Applicability to medico-legal practice in India of the biochemical tests for the origin of blood-stains - Number 39
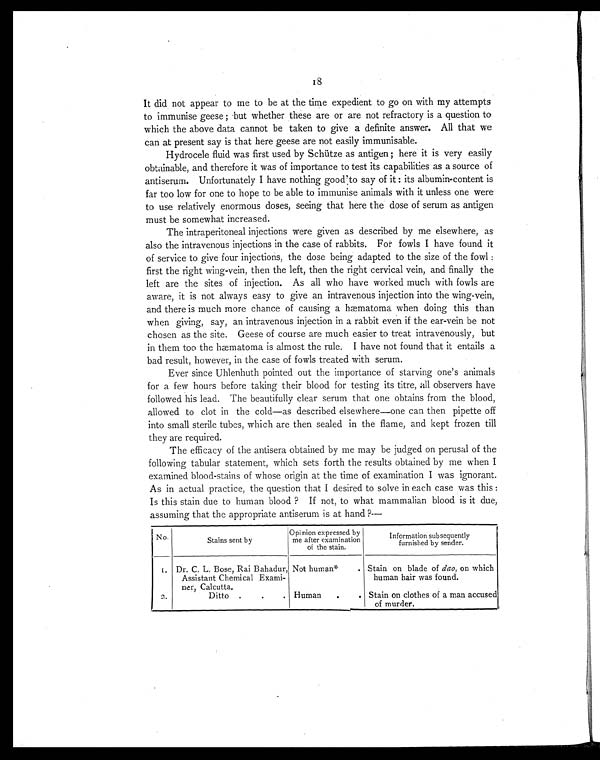
18
It did not appear to me to be at the time expedient to go on with my attempts
to immunise geese ; but whether these are or are not refractory is a question to
which the above data cannot be taken to give a definite answer. All that we
can at present say is that here geese are not easily immunisable.
Hydrocele fluid was first used by Schütze as antigen ; here it is very easily
obtainable, and therefore it was of importance to test its capabilities as a source of
antiserum. Unfortunately I have nothing good to say of it : its albumin-content is
far too low for one to hope to be able to immunise animals with it unless one were
to use relatively enormous doses, seeing that here the dose of serum as antigen
must be somewhat increased.
The intraperitoneal injections were given as described by me elsewhere, as
also the intravenous injections in the case of rabbits. For fowls I have found it
of service to give four injections, the dose being adapted to the size of the fowl :
first the right wing-vein, then the left, then the right cervical vein, and finally the
left are the sites of injection. As all who have worked much with fowls are
aware, it is not always easy to give an intravenous injection into the wing-vein,
and there is much more chance of causing a hæmatoma when doing this than
when giving, say, an intravenous injection in a rabbit even if the ear-vein be not
chosen as the site. Geese of course are much easier to treat intravenously, but
in them too the hæmatoma is almost the rule. I have not found that it entails a
bad result, however, in the case of fowls treated with serum.
Ever since Uhlenhuth pointed out the importance of starving one's animals
for a few hours before taking their blood for testing its titre, all observers have
followed his lead. The beautifully clear serum that one obtains from the blood,
allowed to clot in the cold—as described elsewhere—one can then pipette off
into small sterile tubes, which are then sealed in the flame, and kept frozen till
they are required.
The efficacy of the antisera obtained by me may be judged on perusal of the
following tabular statement, which sets forth the results obtained by me when I
examined blood-stains of whose origin at the time of examination I was ignorant.
As in actual practice, the question that I desired to solve in each case was this :
Is this stain due to human blood ? If not, to what mammalian blood is it due,
assuming that the appropriate antiserum is at hand?—
No.
Stains sent by
Opinion expressed by
me after examination
of the stain.
Information subsequently
furnished by sender.
1. Dr. C. L. Bose, Rai Bahadur,
Assistant Chemical Exami-
ner, Calcutta.
Not human*
. Stain on blade of dao, on which
human hair was found.
2.
Ditto .
.
. Human
.
. Stain on clothes of a man accused
of murder.